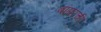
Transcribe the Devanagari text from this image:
बांगरची